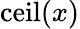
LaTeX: \operatorname{ceil}(x)